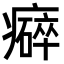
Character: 𤻒